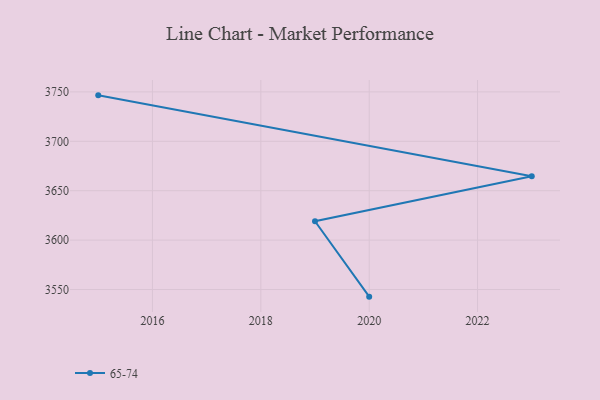
{"axis": {"x": "Year", "y": "Conversion Rate (%)"}, "legend": ["65-74"], "data": [{"x": "2015", "y": 3746.5, "type": "65-74"}, {"x": "2023", "y": 3664.6, "type": "65-74"}, {"x": "2019", "y": 3619.1, "type": "65-74"}, {"x": "2020", "y": 3542.8, "type": "65-74"}]}